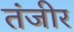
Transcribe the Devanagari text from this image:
तंजीर